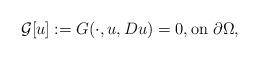
LaTeX: \begin{align*}\mathcal{G}[u]:=G(\cdot,u,Du)=0, \mbox{on} \ \partial\Omega,\end{align*}